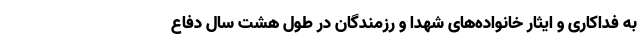
به فداکاری و ایثار خانواده‌های شهدا و رزمندگان در طول هشت سال دفاع